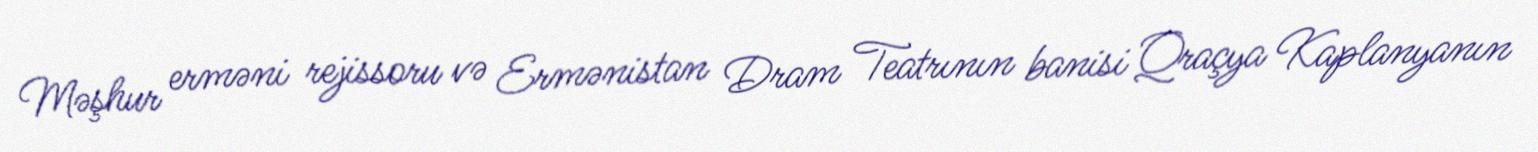
Məşhur erməni rejissoru və Ermənistan Dram Teatrının banisi Qraçya Kaplanyanın